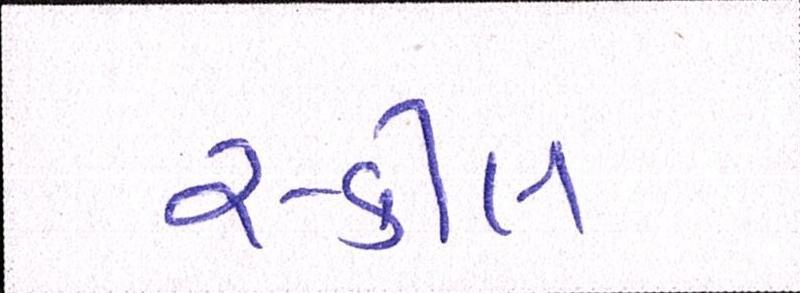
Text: સ્કીલ